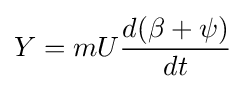
Y=mU{\frac {d(\beta +\psi )}{dt}}